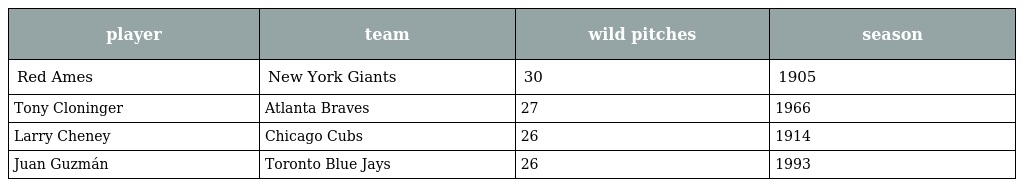
| player | team | wild pitches | season |
 | --- | --- | --- | --- |
 | Red Ames | New York Giants | 30 | 1905 |
 | Tony Cloninger | Atlanta Braves | 27 | 1966 |
 | Larry Cheney | Chicago Cubs | 26 | 1914 |
 | Juan Guzmán | Toronto Blue Jays | 26 | 1993 |